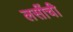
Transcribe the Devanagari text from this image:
लसींची